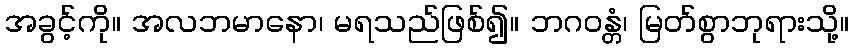
အခွင့်ကို။ အလဘမာနော၊ မရသည်ဖြစ်၍။ ဘဂဝန္တံ၊ မြတ်စွာဘုရားသို့။